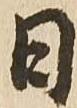
日